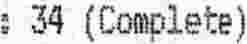
: 34 (COMPLETE)